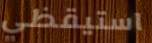
استيقظي